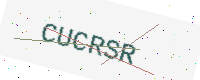
Text: CUCRSR